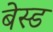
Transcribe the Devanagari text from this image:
बेस्‍ड